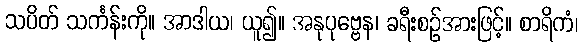
သပိတ် သင်္ကန်းကို။ အာဒါယ၊ ယူ၍။ အနုပုဗ္ဗေန၊ ခရီးစဉ်အားဖြင့်။ စာရိကံ၊